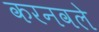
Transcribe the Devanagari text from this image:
करनवले